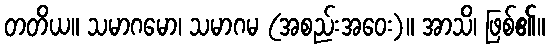
တတိယ။ သမာဂမော၊ သမာဂမ (အစည်းအဝေး)။ အာသိ၊ ဖြစ်၏။